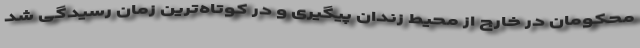
محکومان در خارج از محیط زندان پیگیری و در کوتاه‌ترین زمان رسیدگی شد